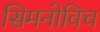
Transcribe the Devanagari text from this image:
सिमनोविच